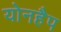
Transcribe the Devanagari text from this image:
योनहैप